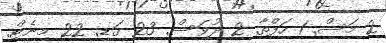
2 މަސް